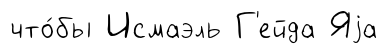
что́бы Исмаэль Г'ейда Яjа